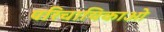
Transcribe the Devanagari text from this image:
परिचायिकाओ